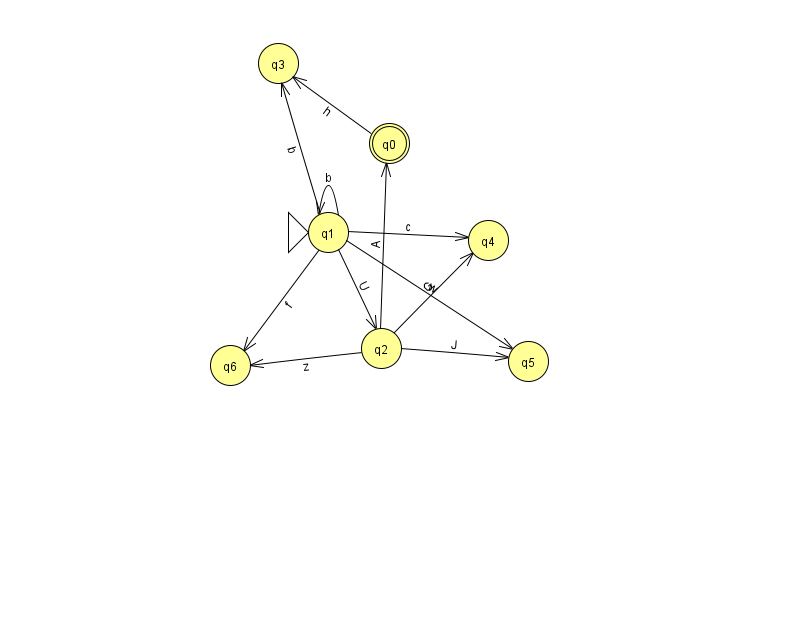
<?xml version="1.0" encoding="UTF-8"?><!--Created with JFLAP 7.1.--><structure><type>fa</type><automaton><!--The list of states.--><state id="0" name="q0"><x>389.0</x><y>130.0</y><final/></state><state id="1" name="q1"><x>328.0</x><y>219.0</y><initial/></state><state id="2" name="q2"><x>381.0</x><y>335.0</y></state><state id="3" name="q3"><x>278.0</x><y>50.0</y></state><state id="4" name="q4"><x>488.0</x><y>227.0</y></state><state id="5" name="q5"><x>528.0</x><y>348.0</y></state><state id="6" name="q6"><x>230.0</x><y>352.0</y></state><!--The list of transitions.--><transition><from>1</from><to>4</to><read>c</read></transition><transition><from>1</from><to>1</to><read>b</read></transition><transition><from>2</from><to>0</to><read>A</read></transition><transition><from>2</from><to>6</to><read>z</read></transition><transition><from>1</from><to>6</to><read>f</read></transition><transition><from>2</from><to>5</to><read>J</read></transition><transition><from>0</from><to>3</to><read>h</read></transition><transition><from>1</from><to>2</to><read>U</read></transition><transition><from>1</from><to>5</to><read>w</read></transition><transition><from>2</from><to>4</to><read>G</read></transition><transition><from>1</from><to>3</to><read>b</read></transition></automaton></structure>